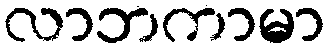
လာဘကာမာ